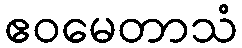
ဧဝမေတာသံ